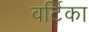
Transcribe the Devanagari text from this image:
वर्टिका